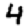
Digit: 4